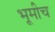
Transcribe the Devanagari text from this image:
भूमीच